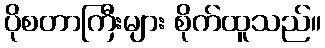
ပိုစတာကြီးများ စိုက်ထူသည်။